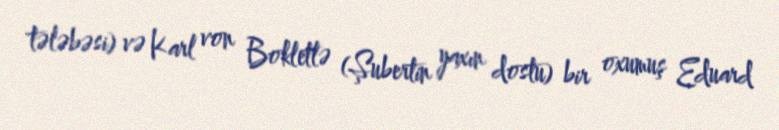
tələbəsi) və Karl von Bokletlə (Şubertin yaxın dostu) bir oxumuş Eduard